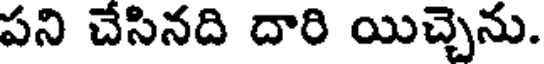
పని చేసినది దారి యిచ్చెను.